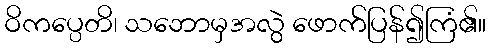
ဝိကပ္ပေတိ၊ သဘောမှအလွဲ ဖောက်ပြန်၍ကြံ၏။